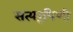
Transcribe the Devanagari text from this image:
सत्यरूपिणी